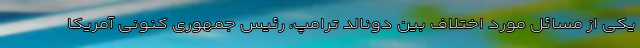
یکی از مسائل مورد اختلاف بین دونالد ترامپ، رئیس جمهوری کنونی آمریکا